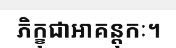
ភិក្ខុជាអាគន្តុកៈ។